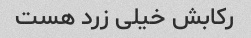
رکابش خیلی زرد هست